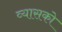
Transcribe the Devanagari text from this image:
व्यासको